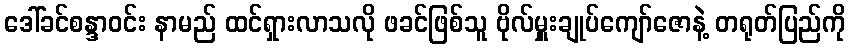
ဒေါ်ခင်စန္ဒာဝင်း နာမည် ထင်ရှားလာသလို ဖခင်ဖြစ်သူ ဗိုလ်မှူးချုပ်ကျော်ဇောနဲ့ တရုတ်ပြည်ကို